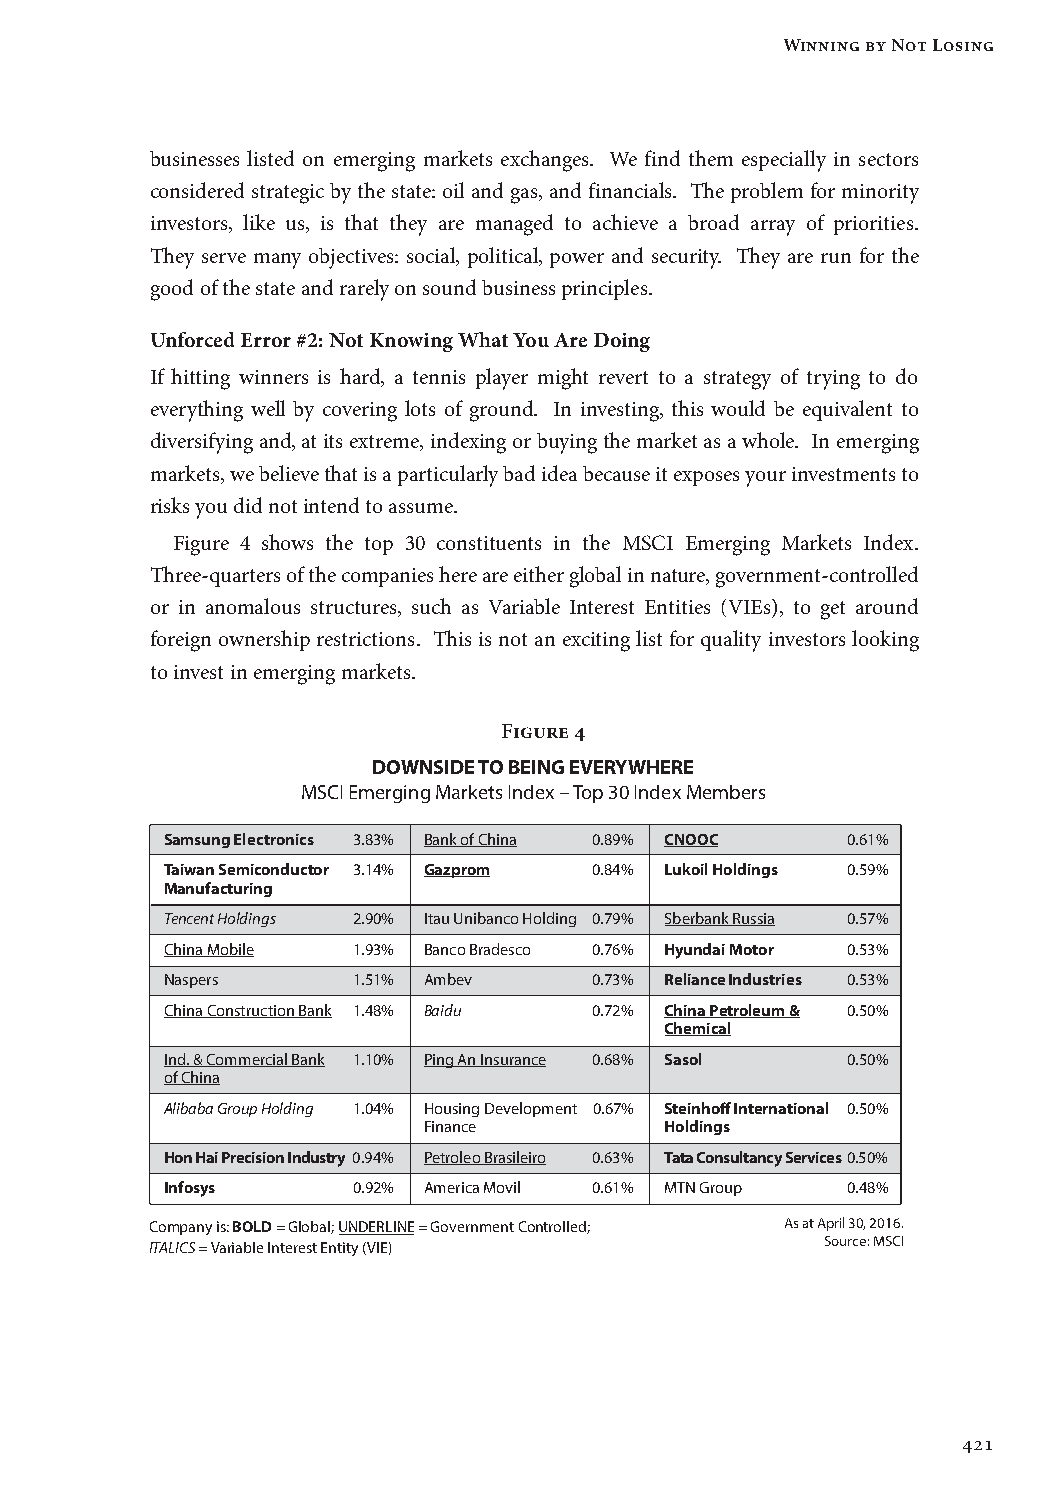
Winning by Not Losing
 businesses listed on emerging markets exchanges. We find them especially in sectors
 considered strategic by the state: oil and gas, and financials. The problem for minority
 investors, like us, is that they are managed to achieve a broad array of priorities.
 They serve many objectives: social, political, power and security. They are run for the
 good of the state and rarely on sound business principles.
 Unforced Error #2: Not Knowing What You Are Doing
 If hitting winners is hard, a tennis player might revert to a strategy of trying to do
 everything well by covering lots of ground. In investing, this would be equivalent to
 diversifying and, at its extreme, indexing or buying the market as a whole. In emerging
 markets, we believe that is a particularly bad idea because it exposes your investments to
 risks you did not intend to assume.
 Figure 4 shows the top 30 constituents in the MSCI Emerging Markets Index.
 Three-quarters of the companies here are either global in nature, government-controlled
 or in anomalous structures, such as Variable Interest Entities (VIEs), to get around
 foreign ownership restrictions. This is not an exciting list for quality investors looking
 to invest in emerging markets.
 Figure 4
 DOWNSIDE TO BEING EVERYWHERE
 MSCI Emerging Markets Index – Top 30 Index Members
 Samsung Electronics 3.83% Bank of China 0.89% CNOOC 0.61%
 Taiwan Semiconductor 3.14% Gazprom 0.84% Lukoil Holdings 0.59%
 Manufacturing
 Tencent Holdings 2.90% Itau Unibanco Holding 0.79% Sberbank Russia 0.57%
 China Mobile 1.93% Banco Bradesco 0.76% Hyundai Motor 0.53%
 Naspers     1.51% Ambev     0.73% Reliance Industries 0.53%
 China Construction Bank 1.48% Baidu 0.72% China Petroleum & 0.50%
 Chemical
 Ind. & Commercial Bank 1.10% Ping An Insurance 0.68% Sasol 0.50%
 of China
 Alibaba Group Holding 1.04% Housing Development 0.67% Steinhoff International 0.50%
 Finance         Holdings
 Hon Hai Precision Industry 0.94% Petroleo Brasileiro 0.63% Tata Consultancy Services 0.50%
 Infosys     0.92% America Movil 0.61% MTN Group 0.48%
 Company is: BOLD = Global; UNDERLINE = Government Controlled; As at April 30, 2016.
 Source: MSCI
 ITALICS = Variable Interest Entity (VIE)
 421